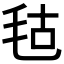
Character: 𣭎